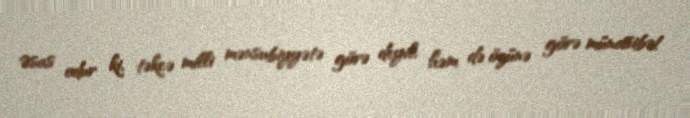
Əsas odur ki, təkcə milli mənsubiyyətə görə deyil, həm də özünə görə münasibət